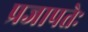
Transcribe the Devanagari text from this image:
प्रजापतेः